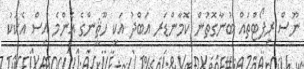
ނޫސް ރިޕޯޓްތައް ބުނާގޮތުން ކޮމާންޑަރ އަބްދު އަކީ ހޫޘީންގެ އެންމެ އިސް އެކަކު